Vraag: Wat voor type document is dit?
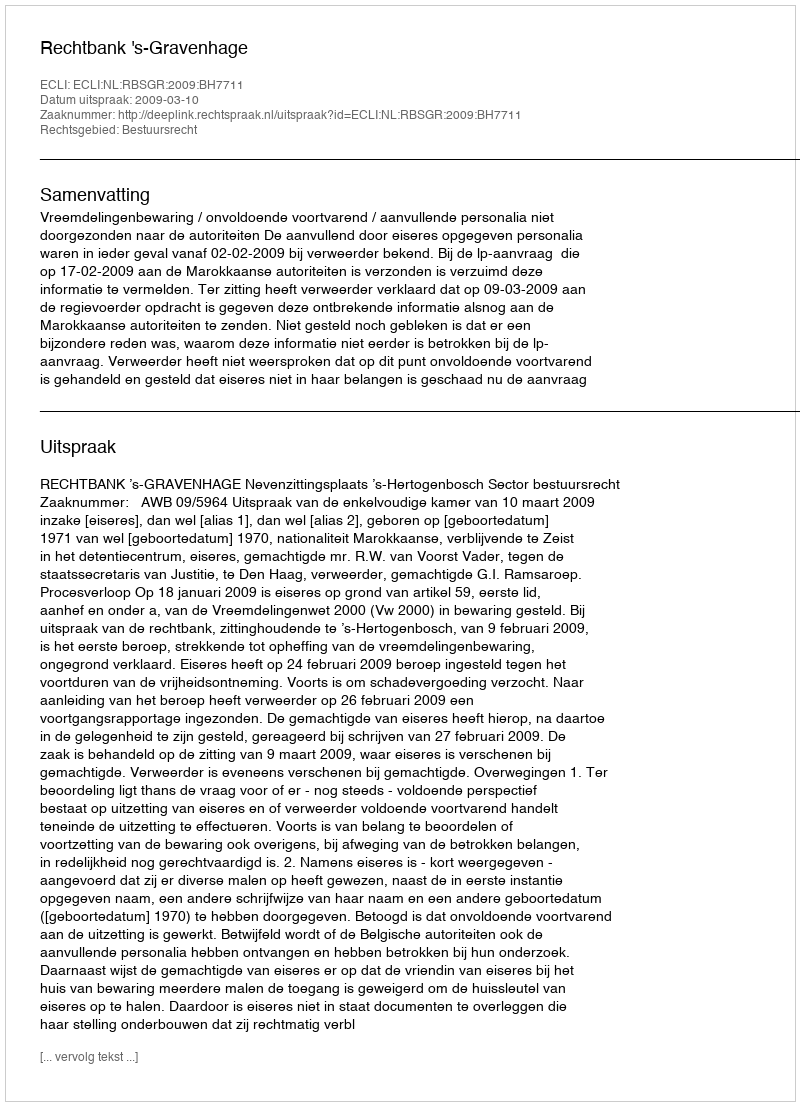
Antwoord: Uitspraak